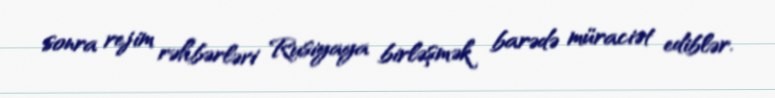
sonra rejim rəhbərləri Rusiyaya birləşmək barədə müraciət ediblər.